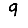
Digit: 9